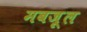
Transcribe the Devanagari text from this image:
मबज़ूल